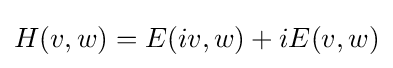
H(v,w)=E(iv,w)+iE(v,w)